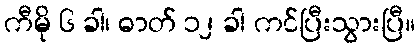
ကီမို ၆ ခါ၊ ဓာတ် ၁၂ ခါ ကင်ပြီးသွားပြီ။